Senior Leaving Certificate Examination (including Day School Certificate (Higher) General paper), 1950
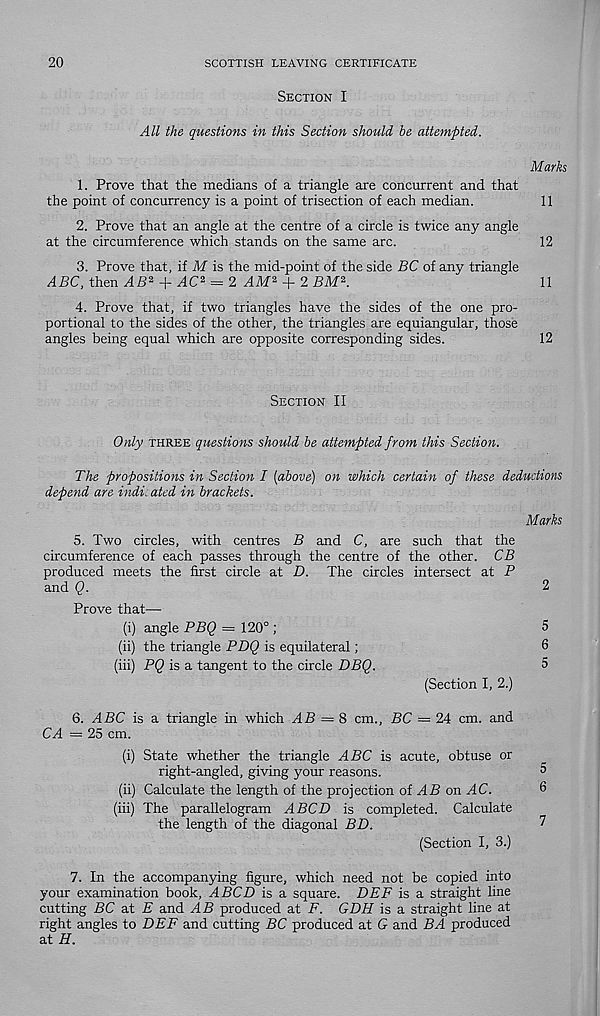
20
SCOTTISH LEAVING CERTIFICATE
SECTION I
All the questions in this Section should he attempted.
Marks
1. Prove that the medians of a triangle are concurrent and that
the point of concurrency is a point of trisection of each median.
11
2. Prove that an angle at the centre of a circle is twice any angle
at the circumference which stands on the same arc.
12
3. Prove that, if M is the mid-point of the side BC of any triangle
ABC, then AB* -f AC 2 = 2 AM 2 + 2 BM 2 .
11
4. Prove that, if two triangles have the sides of the one pro-
portional to the sides of the other, the triangles are equiangular, those
angles being equal which are opposite corresponding sides.
12
SECTION II
Only THREE questions should be attempted from this Section.
The propositions in Section I (above) on which certain of these deductions
depend are indicated in brackets.
Marks
5. Two circles, with centres B and C, are such that the
circumference of each passes through the centre of the other. CB
produced meets the first circle at D. The circles intersect at P
and Q.
2
Prove that—
(i) angle PBQ = 120° ;
5
(ii) the triangle PDQ is equilateral;
6
(iii) PQ is a tangent to the circle DBQ.
5
(Section I, 2.)
6. ABC is a triangle in which AB = & cm., BC — 24 cm. and
CA = 25 cm.
(i) State whether the triangle ABC is acute, obtuse or
right-angled, giving your reasons.
(ii) Calculate the length of the projection oi AB on AC.
(iii)
The parallelogram ABCD
the length of the diagonal BD.
(Section I, 3.)
7. In the accompanying figure, which need not be copied into
your examination book, ABCD is a square. DBF is a straight line
cutting BC at E and AB produced at F. GDH is a straight line at
right angles to DEF and cutting BC produced at G and BA produced
at H.